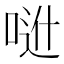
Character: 𠶆